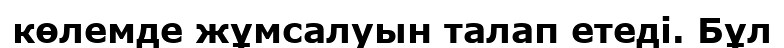
көлемде жұмсалуын талап етеді. Бұл